Lunatic asylums Madras 1892-1911 - 1892-1911
Year: 1892
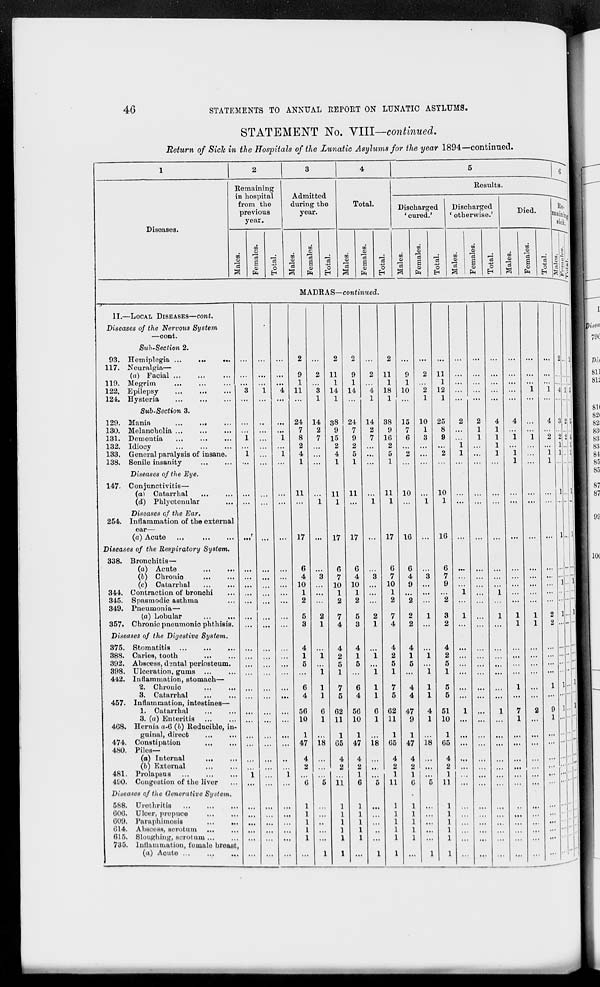
46
STATEMENTS TO ANNUAL REPORT ON LUNATIC ASYLUMS.
STATEMENT No. VIII—continued.
Return of Sich in the Hospitals of the Lunatic Asijlums for the year 1894— continued.
Diseases.
Remaining
in hospital
from the
previous
year.
Admitted
during the
year.
17!
o
3
00
a)
EH
o
EH
m
m
•a
a
Total.
o
H
CO
in
11:
a
0)
o
Results
Discharged
' cured.'
e3
01
0)
a
o
Discharged
' otherwise.'
01
3
es
a
fa
o
H
M ADR A S—continued.
II.—LOCAL DISEASES—cont.
Diseases of the Nervous System
—cont.
Suh-Section 2.
93. Hemiplegia ...
...
117. Neuralgia—
(a) Facial ...
119. Megrim
...
122, Epilepsy
124. Hysteria
Sub-Section 3.
129. Mania
130. Melancholia ...
131. Dementia
132. Idiocy
133. General paralysis of insane.
138. Senile insanity
Diseases of the Eye.
147. Conjunctivitis—
(a) Catarrhal
(d) Phlyctonular
Diseases of the Ear.
254. Inflammation of the external
oar—
(a) Acute
...
Diseases of the Respiratory System.
338. Bronchitis—
(a) Acute
...
...
(6) Ohronio
(c) Catarrhal
344. Contraction of bronchi
345. Spasmodic asthma
349. Pneumonia—
(a) Lobular
357. Chronic pnoumonio phthisis.
Diseases of the Digestive System.
375.
388.
392.
398.
442.
4
Stomatitis
Caries, tooth
Abscess, dental periosteum.
Ulceration, gums
Inflammation, stomach—
2. Chronic
3. Catarrhal
Inflammation, intestines—
1. Catarrhal
3. (a) Enteritis
Hernia a-6 (6) Reducible, in-
guinal, direct
Constipation
...
Piles—
(a) Internal
...
(b) External
Prolapsus
Congestion of the liver
Diseases of the Generative System.
588. Urothritis
Ulcer, propuco
Paraphimosis
...
...
Abscess, scrotum ...
Sloughing, aorotam...
Inflammation, female breast,
(a) Acute
457.
4G8.
474.
480.
481.
490.
OdG.
009.
014.
615.
7^5.
9
1
11
24
7
8
2
4
1
11
17
6
4
10
1
2
5
3
6
4
56
10
1
47
4
2
14
2
7
1
i
1
1
6
1
18
11
1
14
1
38
9
15
2
4
1
11
1
17
6
7
10
1
2
7
4
4
2
5
1
7
5
02
11
9
1
14
24
7
9
2
4
2
ii
11
17
6
4
10
1
2
5
3
6
4
56
10
1
1
G5 47
14
2
7
1
i
1
1
6
1
18
11
1
18
1
38
9
16
2
5
1
11
1
17
6
7
10
1
2
7
4
4
2
5
1
7
5
02
11
1
65
4
2
1
11
9
1
10
15
7
6
10
10
1
3
10
4
4
47
9
1
47
4
2
1
G
18
11
1
12
1
Z5
8
9
10
1
16
51
10
1
05
4
2
1
11
G
7
9
1
2 ...
3
1
2 ...
4
2
5
1
1;
2,5.1
2